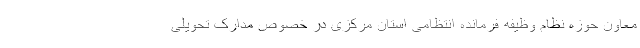
معاون حوزه نظام وظیفه فرمانده انتظامی استان مرکزی در خصوص مدارک تحویلی